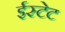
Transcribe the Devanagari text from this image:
ईस्टेट